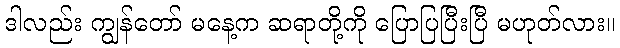
ဒါလည်း ကျွန်တော် မနေ့က ဆရာတို့ကို ပြောပြပြီးပြီ မဟုတ်လား။